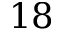
1 8